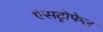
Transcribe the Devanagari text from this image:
ऐसट्रोफेल